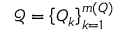
\mathcal { Q } = \left\{ Q _ { k } \right\} _ { k = 1 } ^ { m ( Q ) }